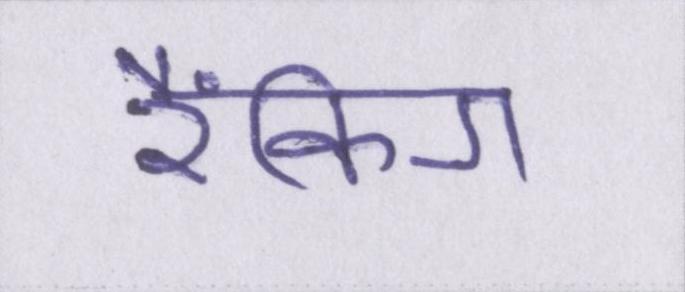
रैंकिग